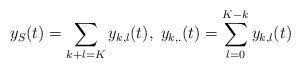
LaTeX: \begin{align*}y_S(t) = \sum\limits_{k+l=K} y_{k,l}(t), \; y_{k,.}(t) = \sum\limits_{l=0}^{K-k} y_{k,l}(t)\end{align*}